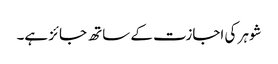
شوہر کی اجازت کے ساتھ جائز ہے۔